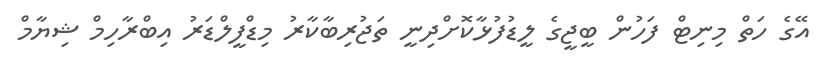
އޭގެ ހަތް މިނިޓް ފަހުން ބީޖީގެ ލީޑުފުޅާކޮށްދިނީ ތަޖުރިބާކާރު މިޑްފީލްޑަރު އިބްރާހިމް ޝިޔާމް